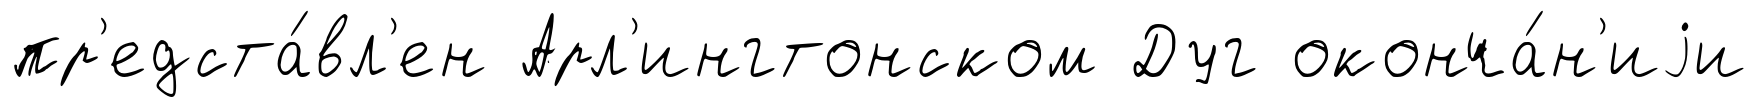
пр'едста́вл'ен Арл'ингтонском Дуг оконча́н'иjи